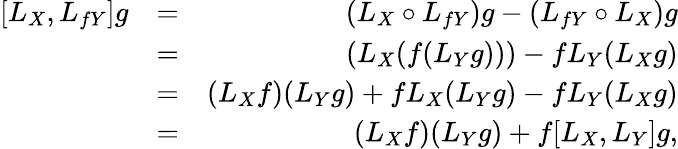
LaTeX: \begin{array}{rlr}{[L_{X},L_{fY}]g}&{=}&{(L_{X}\circ L_{fY})g-(L_{fY}\circ L_{X})g}\\ &{=}&{(L_{X}(f(L_{Y}g)))-fL_{Y}(L_{X}g)}\\ &{=}&{(L_{X}f)(L_{Y}g)+fL_{X}(L_{Y}g)-fL_{Y}(L_{X}g)}\\ &{=}&{(L_{X}f)(L_{Y}g)+f[L_{X},L_{Y}]g,}\end{array}